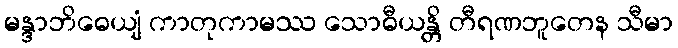
မန္ဒာဘိဓေယျံ ကာတုကာမဿ သောဓီယန္တိ တီရဏဘူတေန သီမာ